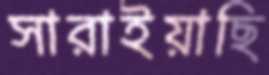
সারাইয়াছি